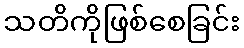
သတိကိုဖြစ်စေခြင်း